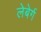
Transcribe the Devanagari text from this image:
लेबेर्ग